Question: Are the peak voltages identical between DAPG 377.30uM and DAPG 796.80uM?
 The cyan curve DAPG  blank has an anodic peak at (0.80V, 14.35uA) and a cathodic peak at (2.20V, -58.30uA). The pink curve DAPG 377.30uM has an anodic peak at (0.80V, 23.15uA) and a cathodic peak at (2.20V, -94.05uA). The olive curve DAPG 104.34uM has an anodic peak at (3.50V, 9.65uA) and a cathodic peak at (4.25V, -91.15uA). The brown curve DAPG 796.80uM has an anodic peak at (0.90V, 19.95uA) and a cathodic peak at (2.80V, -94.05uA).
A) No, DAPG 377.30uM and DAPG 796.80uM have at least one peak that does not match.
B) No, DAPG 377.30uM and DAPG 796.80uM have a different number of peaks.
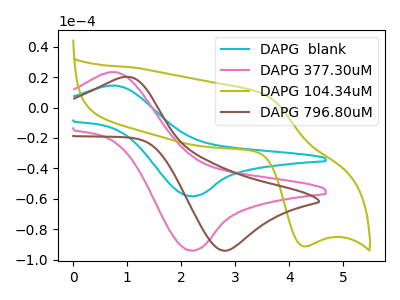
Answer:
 <answer>A) No, "DAPG 377.30uM" and "DAPG 796.80uM" have at least one peak that does not match.</answer>
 <eval>A</eval>